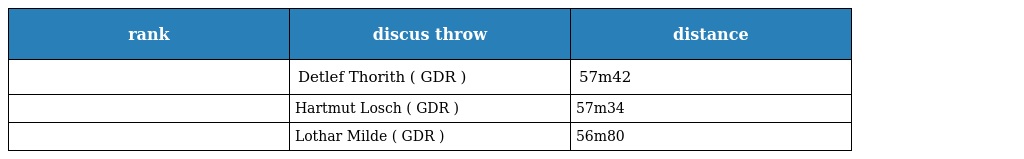
| rank | discus throw | distance |
 | --- | --- | --- |
 |  | Detlef Thorith ( GDR ) | 57m42 |
 |  | Hartmut Losch ( GDR ) | 57m34 |
 |  | Lothar Milde ( GDR ) | 56m80 |